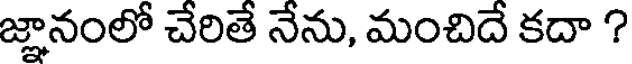
జ్ఞానంలో చేరితే నేను, మంచిదే కదా ?